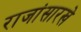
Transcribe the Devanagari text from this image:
राजांसारखे